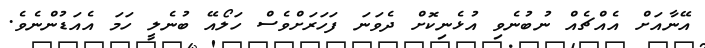
އޭނާއަށް އެއްޗެއް ނުބުނެވި އުޅެނިކޮށް ދެވަނަ ފަހަރަށްވެސް ހަލޯއޭ ބުނެލީ ހަމަ އެއަޑުންނެވެ.